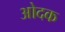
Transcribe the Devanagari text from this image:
ओदक